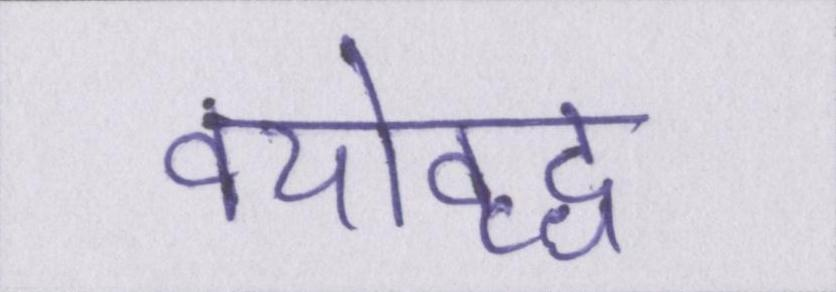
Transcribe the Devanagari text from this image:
वयोवृद्ध